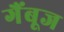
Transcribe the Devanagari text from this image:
गैंबूज